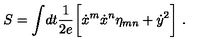
S = \int \! d t { \frac { 1 } { 2 e } } \biggl [ { \dot { x } } ^ { m } { \dot { x } } ^ { n } \eta _ { m n } + { \dot { y } } ^ { 2 } \biggr ] \ .